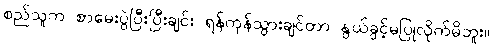
စည်သူက စာမေးပွဲပြီးပြီးချင်း ရန်ကုန်သွားချင်တာ နွယ်ခွင့်မပြုလိုက်မိဘူး။